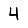
Digit: 4